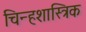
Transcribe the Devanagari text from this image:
चिन्हशास्त्रिक